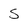
Character: s